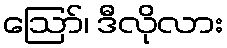
ဩော်၊ ဒီလိုလား